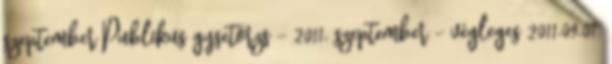
szeptember Publikus gysetörzs – 2011. szeptember - végleges 2011.09.01.